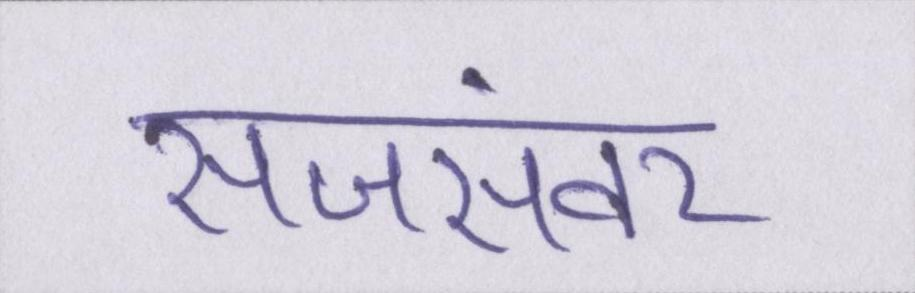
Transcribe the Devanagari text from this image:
सजसंवर